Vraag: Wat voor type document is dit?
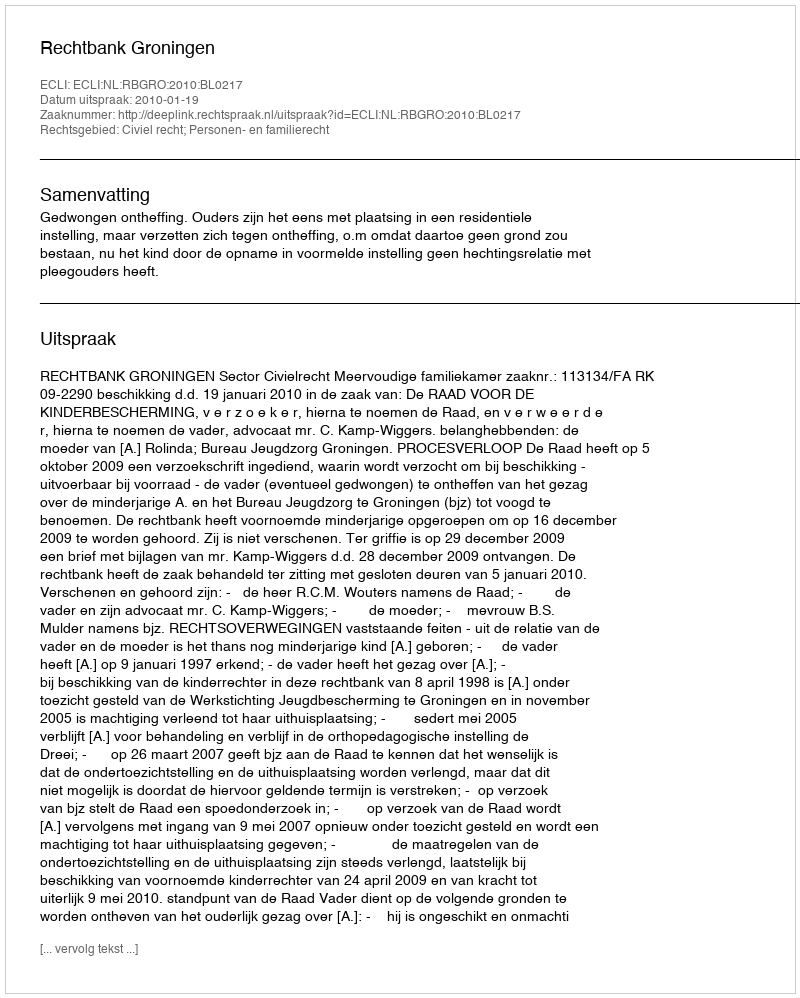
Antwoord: Uitspraak